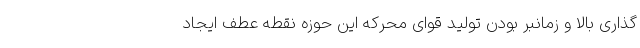
گذاری بالا و زمانبر بودن تولید قوای محرکه این حوزه نقطه عطف ایجاد